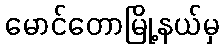
မောင်တောမြို့နယ်မှ